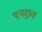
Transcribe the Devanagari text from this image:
एनट्रान